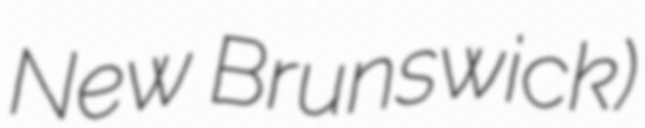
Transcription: New Brunswick)